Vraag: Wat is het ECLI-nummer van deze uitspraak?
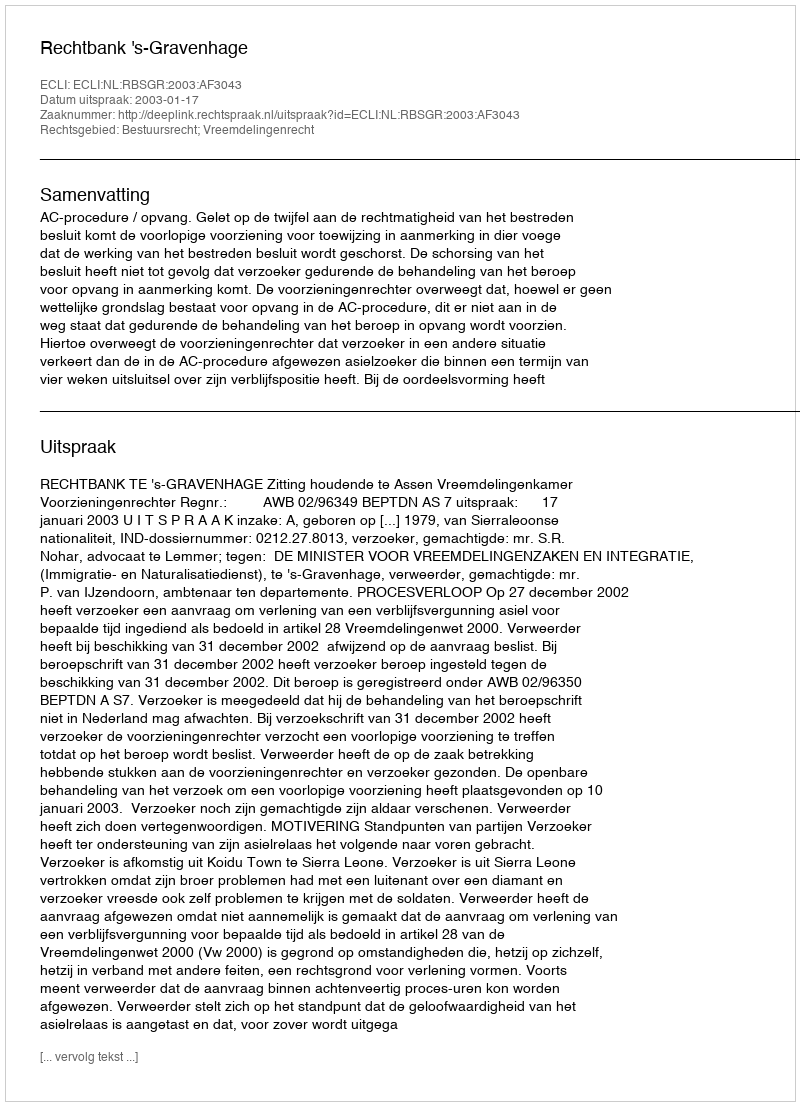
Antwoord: ECLI:NL:RBSGR:2003:AF3043